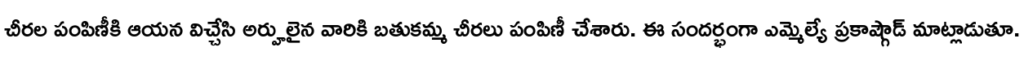
చీరల పంపిణీకి ఆయన విచ్చేసి అర్హులైన వారికి బతుకమ్మ చీరలు పంపిణీ చేశారు. ఈ సందర్భంగా ఎమ్మెల్యే ప్రకాష్గౌడ్ మాట్లాడుతూ.